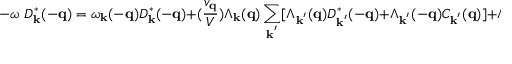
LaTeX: - \omega \mathrm { ~ } D _ { { \bf { k } } } ^ { * } ( - { \bf { q } } ) = \omega _ { { \bf { k } } } ( - { \bf { q } } ) D _ { { \bf { k } } } ^ { * } ( - { \bf { q } } ) + ( \frac { v _ { { \bf { q } } } } { V } ) \Lambda _ { { \bf { k } } } ( { \bf { q } } ) \sum _ { { \bf { k } } ^ { ' } } [ \Lambda _ { { \bf { k } } ^ { ' } } ( { \bf { q } } ) D _ { { \bf { k } } ^ { ' } } ^ { * } ( - { \bf { q } } ) + \Lambda _ { { \bf { k } } ^ { ' } } ( - { \bf { q } } ) C _ { { \bf { k } } ^ { ' } } ( { \bf { q } } ) ] + \Lambda _ { { \bf { k } } } ( { \bf { q } } )